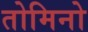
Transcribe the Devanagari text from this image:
तोमिनो